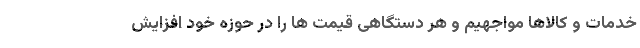
خدمات و کالاها مواجهیم و هر دستگاهی قیمت ها را در حوزه خود افزایش